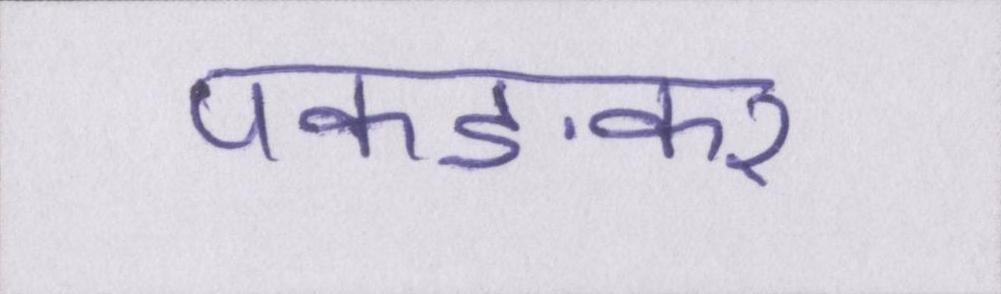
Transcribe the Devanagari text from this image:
पकङकर